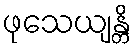
ဖုသေယျန္တိ